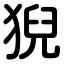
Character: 猊